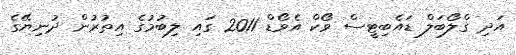
އަދި ގްލޯބަލް ޑައެބިޓީސް ވޯކް އެވޯޑް 2011 ގައި ލިބުމުގެ އިތުރުން ދުނިޔޭގެ